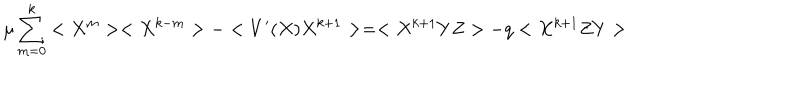
LaTeX: \mu \sum _ { m = 0 } ^ { k } < X ^ { m } > < X ^ { k - m } > - < V ^ { \prime } ( X ) X ^ { k + 1 } > = < X ^ { k + 1 } Y Z > - q < X ^ { k + 1 } Z Y >